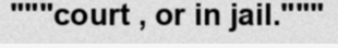
"""court , or in jail."""